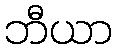
ဘီယာ